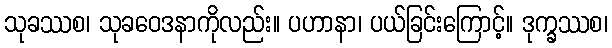
သုခဿစ၊ သုခဝေဒနာကိုလည်း။ ပဟာနာ၊ ပယ်ခြင်းကြောင့်။ ဒုက္ခဿစ၊